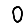
Digit: 0